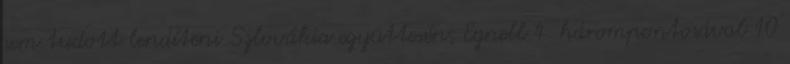
sem tudott lendíteni Szlovákia együttesén, Egnell 4. hárompontosával 10